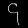
Digit: ၄